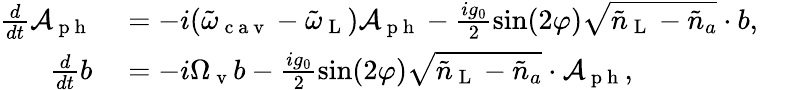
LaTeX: \begin{array}{rlr}{\frac{d}{dt}\mathcal{A}_{\mathrm{~p~h~}}}&{{}=-i(\tilde{\omega}_{\mathrm{~c~a~v~}}-\tilde{\omega}_{\mathrm{~L~}})\mathcal{A}_{\mathrm{~p~h~}}-\frac{ig_{0}}{2}\sin(2\varphi)\sqrt{\tilde{n}_{\mathrm{~L~}}-{\tilde{n}_{a}}}\cdot b,}&{}\\ {\frac{d}{dt}b}&{{}=-i\Omega_{\mathrm{~v~}}b-\frac{ig_{0}}{2}\sin(2\varphi)\sqrt{\tilde{n}_{\mathrm{~L~}}-{\tilde{n}_{a}}}\cdot\mathcal{A}_{\mathrm{~p~h~}},}&{}\end{array}